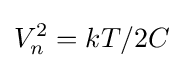
V_{n}^{2}=kT/2C